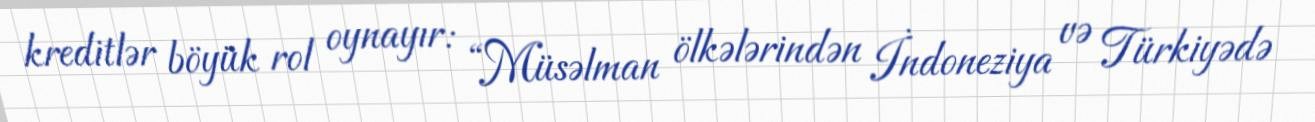
kreditlər böyük rol oynayır: “Müsəlman ölkələrindən İndoneziya və Türkiyədə